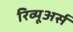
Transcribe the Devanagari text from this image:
रिव्यूअर्स